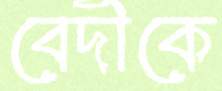
বেদীকে